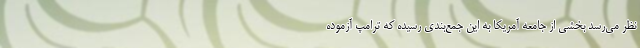
نظر می‌رسد بخشی از جامعه آمریکا به این جمع‌بندی رسیده که ترامپِ آزموده